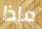
ماذا